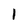
Character: 1